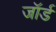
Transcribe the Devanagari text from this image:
जॉर्ड